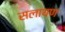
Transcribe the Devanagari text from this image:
सलायण